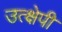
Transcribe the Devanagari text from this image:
उत्क्षेपी